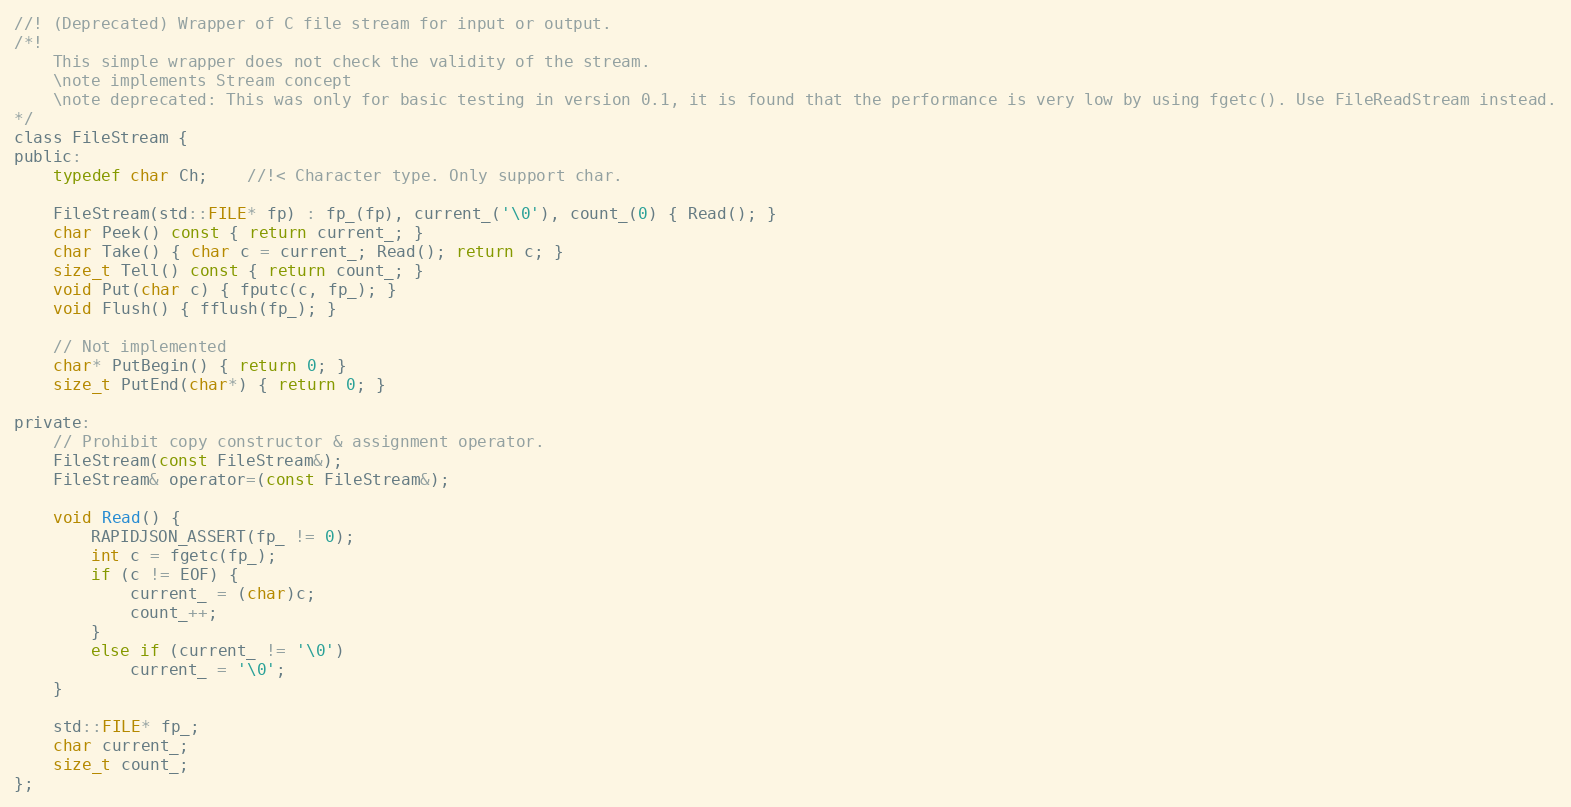
Language: C
//! (Deprecated) Wrapper of C file stream for input or output.
/*!
    This simple wrapper does not check the validity of the stream.
    \note implements Stream concept
    \note deprecated: This was only for basic testing in version 0.1, it is found that the performance is very low by using fgetc(). Use FileReadStream instead.
*/
class FileStream {
public:
    typedef char Ch;    //!< Character type. Only support char.

    FileStream(std::FILE* fp) : fp_(fp), current_('\0'), count_(0) { Read(); }
    char Peek() const { return current_; }
    char Take() { char c = current_; Read(); return c; }
    size_t Tell() const { return count_; }
    void Put(char c) { fputc(c, fp_); }
    void Flush() { fflush(fp_); }

    // Not implemented
    char* PutBegin() { return 0; }
    size_t PutEnd(char*) { return 0; }

private:
    // Prohibit copy constructor & assignment operator.
    FileStream(const FileStream&);
    FileStream& operator=(const FileStream&);

    void Read() {
        RAPIDJSON_ASSERT(fp_ != 0);
        int c = fgetc(fp_);
        if (c != EOF) {
            current_ = (char)c;
            count_++;
        }
        else if (current_ != '\0')
            current_ = '\0';
    }

    std::FILE* fp_;
    char current_;
    size_t count_;
};